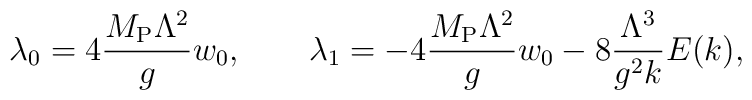
\lambda_0=4{M_{\rm P}\Lambda^2 \over g}w_0, \qquad \lambda_1=-4{M_{\rm P}\Lambda^2 \over g}w_0 - 8{\Lambda^3 \over g^2 k}E(k),